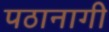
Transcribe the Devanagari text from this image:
पठानागी